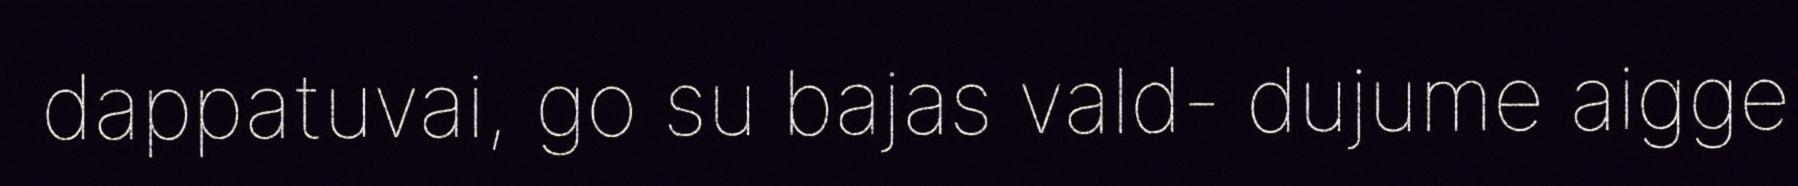
dappatuvai, go su bajas vald- dujume aigge